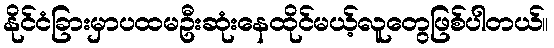
နိုင်ငံခြားမှာပထမဦးဆုံးနေထိုင်မယ့်လူတွေဖြစ်ပါတယ်။